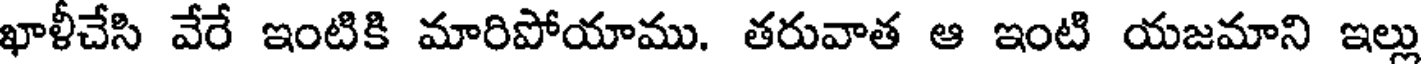
ఖాళీచేసి వేరే ఇంటికి మారిపోయాము. తరువాత ఆ ఇంటి యజమాని ఇల్లు